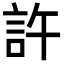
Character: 許